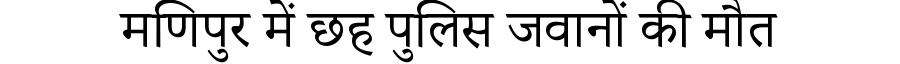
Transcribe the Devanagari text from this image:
मणिपुर में छह पुलिस जवानों की मौत